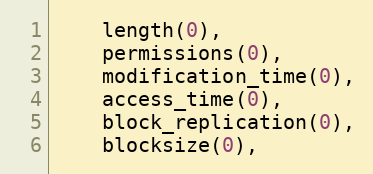
Language: C++
    length(0),
    permissions(0),
    modification_time(0),
    access_time(0),
    block_replication(0),
    blocksize(0),